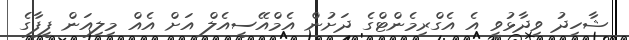
ޝާހިދު ވިދާޅުވީ އެ އެގްރިމެންޓްގެ ދަށުން އެމްއޭސީއެލް އަށް އެއް މިލިއަން ފީފާގެ